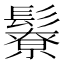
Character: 𩯊